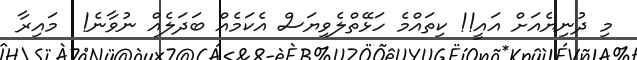
މި ދުނިޔެއަށް އައީ!! ކިތައްމެ ހަޅޭތްލެވިޔަސް އެކަމެއް ބަދަލެއް ނުވާނެ!  މައިރާ